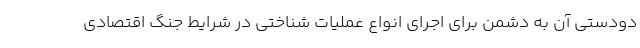
دودستی آن به دشمن برای اجرای انواع عملیات‌ شناختی در شرایط جنگ اقتصادی